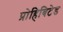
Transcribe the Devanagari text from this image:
प्रोहिबिटेड